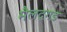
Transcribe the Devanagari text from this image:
मैलदगड